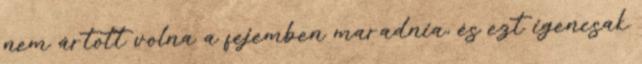
nem ártott volna a fejemben maradnia, és ezt igencsak